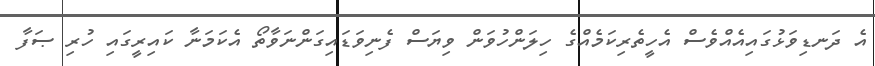
އެ ދަނޑިވަޅުގައިއެއްވެސް އެހީތެރިކަމެއްގެ ހިލަންހުވަން ވިޔަސް ފެނިވަޑައިގަންނަވާތޯ އެކަމަނާ ކައިރީގައި ހުރި ޞަފާ